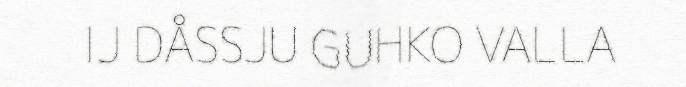
IJ DÅSSJU GUHKO VALLA